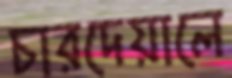
চারদেয়ালে